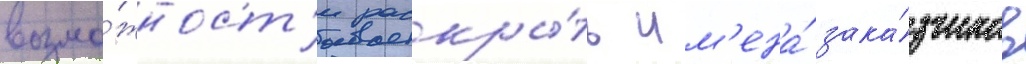
возмо́жност'и раскры́ть им'ена́ зака́зчиков